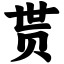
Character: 贳